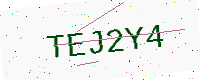
Text: TEJ2Y4